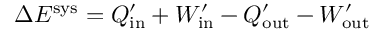
\Delta E ^ { \mathrm { s y s } } = Q _ { \mathrm { i n } } ^ { \prime } + W _ { \mathrm { i n } } ^ { \prime } - Q _ { \mathrm { o u t } } ^ { \prime } - W _ { \mathrm { o u t } } ^ { \prime }